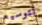
لتوسيع